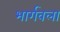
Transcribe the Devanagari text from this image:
भार्गवला